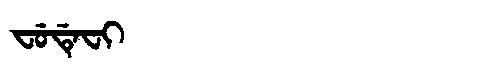
Manchu: ᠸᡠᡩᡝᠸᡳ
Romanization: FUDEFI